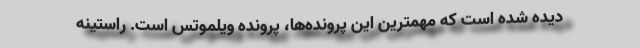
دیده شده است که مهمترین این پرونده‌ها، پرونده ویلموتس است. راستینه